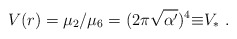
\begin{align*}V(r)=\mu_2/\mu_6=(2\pi\sqrt{\alpha^\prime})^4{\equiv}V_*\ .\end{align*}